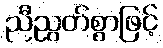
ညီညွတ်စွာဖြင့်